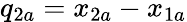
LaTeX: q_{2a}=x_{2a}-x_{1a}